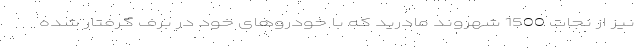
نیز از نجات 1500 شهروند مادرید که با خودروهای خود در برف گرفتار شده